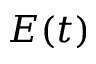
E ( t )